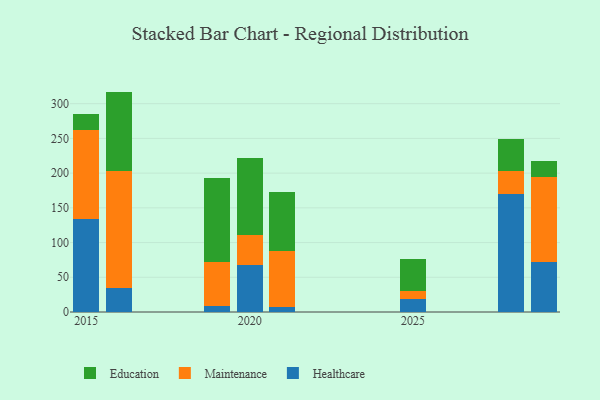
{"axis": {"x": "Year", "y": "Active Users"}, "legend": ["Education", "Healthcare", "Maintenance"], "data": [{"x": "2021", "y": 7.2, "type": "Healthcare"}, {"x": "2021", "y": 80.5, "type": "Maintenance"}, {"x": "2021", "y": 85.6, "type": "Education"}, {"x": "2015", "y": 133.4, "type": "Healthcare"}, {"x": "2015", "y": 128.5, "type": "Maintenance"}, {"x": "2015", "y": 22.7, "type": "Education"}, {"x": "2025", "y": 18.2, "type": "Healthcare"}, {"x": "2025", "y": 12.3, "type": "Maintenance"}, {"x": "2025", "y": 46.5, "type": "Education"}, {"x": "2016", "y": 35.0, "type": "Healthcare"}, {"x": "2016", "y": 168.7, "type": "Maintenance"}, {"x": "2016", "y": 113.7, "type": "Education"}, {"x": "2028", "y": 170.5, "type": "Healthcare"}, {"x": "2028", "y": 33.2, "type": "Maintenance"}, {"x": "2028", "y": 45.7, "type": "Education"}, {"x": "2029", "y": 72.3, "type": "Healthcare"}, {"x": "2029", "y": 122.8, "type": "Maintenance"}, {"x": "2029", "y": 22.5, "type": "Education"}, {"x": "2019", "y": 9.3, "type": "Healthcare"}, {"x": "2019", "y": 62.7, "type": "Maintenance"}, {"x": "2019", "y": 121.5, "type": "Education"}, {"x": "2020", "y": 68.0, "type": "Healthcare"}, {"x": "2020", "y": 42.9, "type": "Maintenance"}, {"x": "2020", "y": 110.8, "type": "Education"}]}